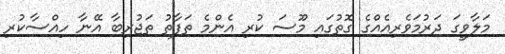
މަލާވީގަ ދަރުމަވެރިއެއްގެ ގޮތުގައި މޫސަ ކުރި އެންމެ ތަފާތު ތަޖުރިބާ އޭނާ ހިއްސާކުރި